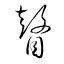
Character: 瞽